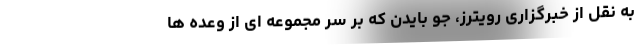
به نقل از خبرگزاری رویترز، جو بایدن که بر سر مجموعه ای از وعده ها